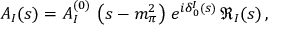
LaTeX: { \cal A } _ { I } ( s ) = A _ { I } ^ { ( 0 ) } \, \left( s - m _ { \pi } ^ { 2 } \right) \, e ^ { i \delta _ { 0 } ^ { I } ( s ) } \, \Re _ { I } ( s ) \, ,